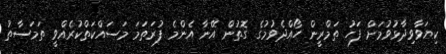
ކިޔަވާވިދާޅުވުމަށް ފަހު ތަމްރީން ހޯއްދެވުމުގެ ގޮތުން އޭނާ އެންމެ ފުރަތަމަ މަސައްކަތްކުރެއްވީ ތަމަސާތު